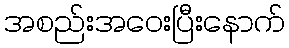
အစည်းအဝေးပြီးနောက်